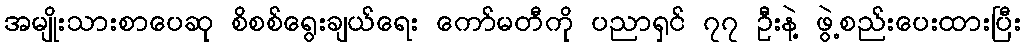
အမျိုးသားစာပေဆု စိစစ်ရွေးချယ်ရေး ကော်မတီကို ပညာရှင် ၇၇ ဦးနဲ့ ဖွဲ့စည်းပေးထားပြီး